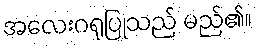
အလေးဂရုပြုသည် မည်၏။